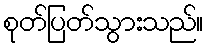
စုတ်ပြတ်သွားသည်။